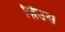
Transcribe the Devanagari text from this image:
ज़िउस